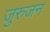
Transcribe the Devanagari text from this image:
जुरुजन